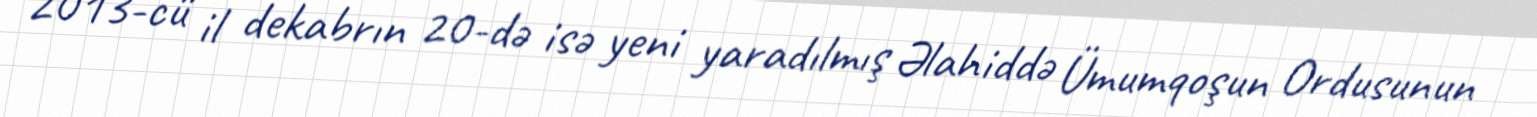
2013-cü il dekabrın 20-də isə yeni yaradılmış Əlahiddə Ümumqoşun Ordusunun